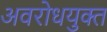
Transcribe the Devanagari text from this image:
अवरोधयुक्त